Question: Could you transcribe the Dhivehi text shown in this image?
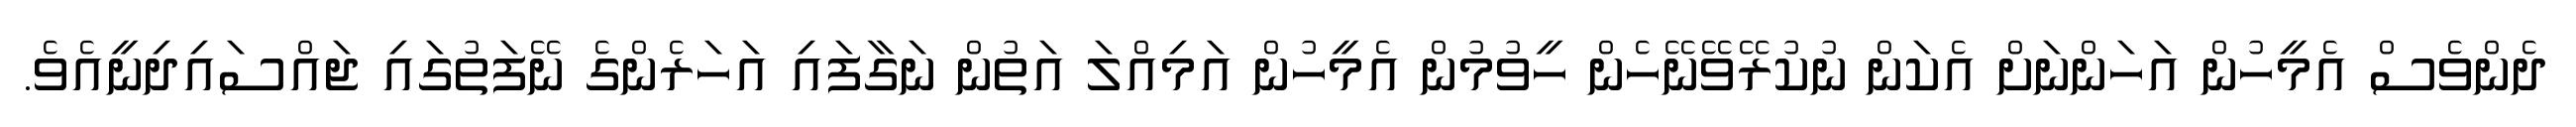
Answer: ދެންވެސް އެމީހުން އަހަންނަށް އެކަން ނުކުރޭވޭނޭހެން ހީވުމުން އެމީހުން އަމިއްލަ އަތުން ނަގާފައި އަހަރެންގެ ނޭފަތުގައި ޖައްސައިދިނީއެވެ.